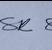
Signature authenticity: genuine